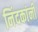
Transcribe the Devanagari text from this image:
निंदकांनी